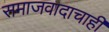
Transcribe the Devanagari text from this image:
समाजवादाचाही